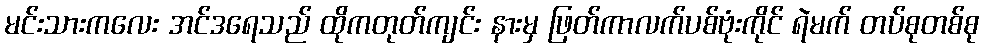
မင်းသားကလေး အင်ဒရေသည် ထိုကတုတ်ကျင်း နားမှ ဖြတ်ကာလက်ပစ်ဗုံးကိုင် ရဲမက် တပ်စုတစ်စု